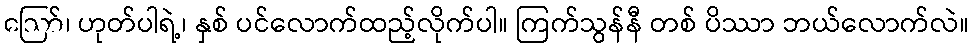
ဪ၊ ဟုတ်ပါရဲ့၊ နှစ် ပင်လောက်ထည့်လိုက်ပါ။ ကြက်သွန်နီ တစ် ပိဿာ ဘယ်လောက်လဲ။